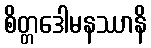
စိတ္တဒေါမနဿာနိ